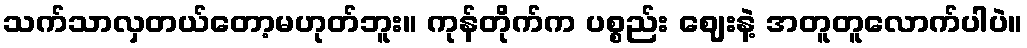
သက်သာလှတယ်တော့မဟုတ်ဘူး။ ကုန်တိုက်က ပစ္စည်း ဈေးနဲ့ အတူတူလောက်ပါပဲ။